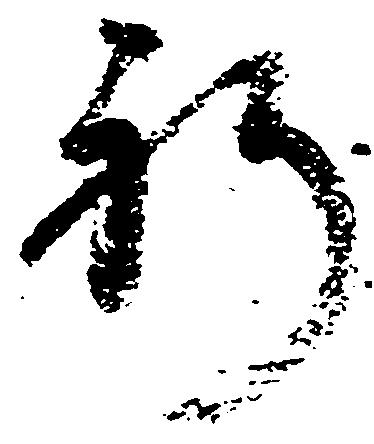
祈